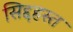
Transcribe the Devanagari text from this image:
सिद्दहस्त